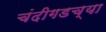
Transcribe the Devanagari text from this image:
चंदीगडच्या